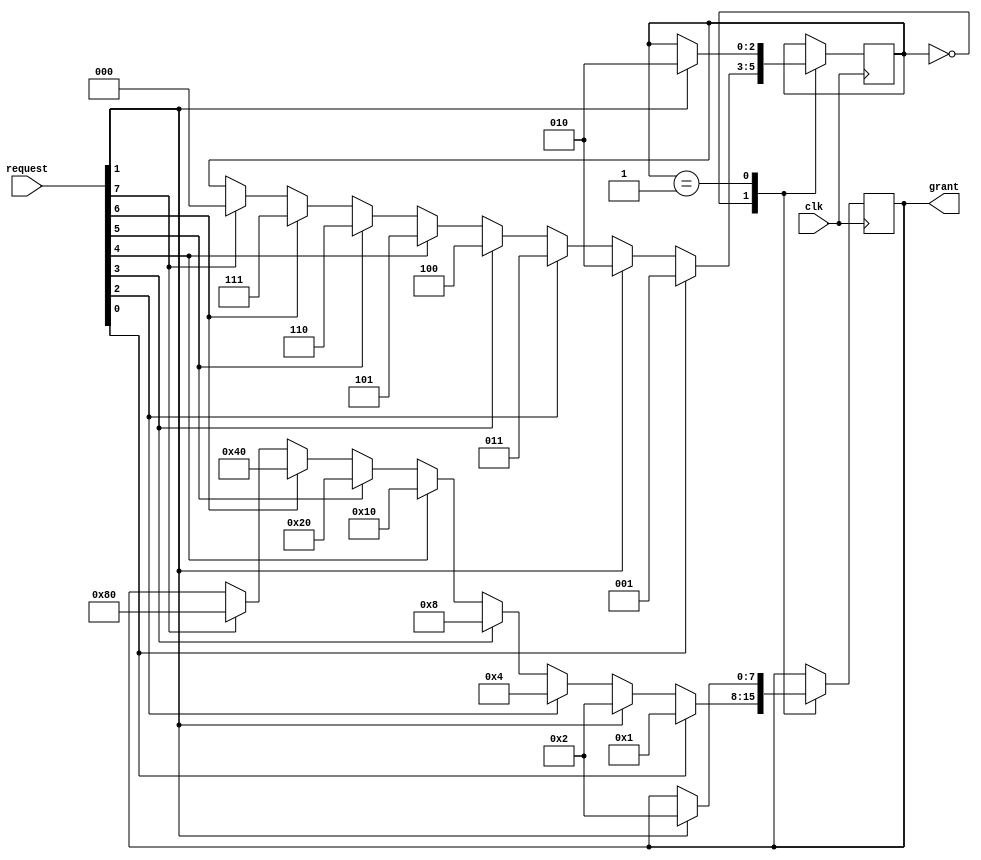
module round_robin_arbiter (
    input wire clk,
    input wire [7:0] request,
    output wire [7:0] grant
);

reg [2:0] state = 3'b000; // Initialization state

always @(posedge clk) begin
    case(state)
        3'b000: begin // State 0
            if(request[0] == 1'b1) begin
                grant <= 8'b00000001;
                state <= 3'b001;
            end else if(request[1] == 1'b1) begin
                grant <= 8'b00000010;
                state <= 3'b010;
            end else if(request[2] == 1'b1) begin
                grant <= 8'b00000100;
                state <= 3'b011;
            end else if(request[3] == 1'b1) begin
                grant <= 8'b00001000;
                state <= 3'b100;
            end else if(request[4] == 1'b1) begin
                grant <= 8'b00010000;
                state <= 3'b101;
            end else if(request[5] == 1'b1) begin
                grant <= 8'b00100000;
                state <= 3'b110;
            end else if(request[6] == 1'b1) begin
                grant <= 8'b01000000;
                state <= 3'b111;
            end else if(request[7] == 1'b1) begin
                grant <= 8'b10000000;
                state <= 3'b000;
            end
        end
        
        3'b001: begin // State 1
            if(request[1] == 1'b1) begin
                grant <= 8'b00000010;
                state <= 3'b010;
            end // Add similar code for other states
        end
    endcase
end

endmodule